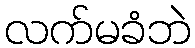
လက်မခံဘဲ